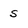
Character: s